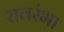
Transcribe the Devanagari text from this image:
रावरंभा